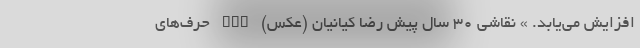
افزایش می‌یابد. » نقاشی 30 سال پیش رضا کیانیان (عکس) nan حرف‌های